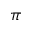
\pi